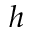
h